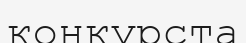
конкурста